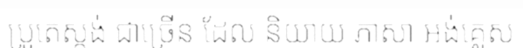
ប្រូតេស្តង់ ជាច្រើន ដែល និយាយ ភាសា អង់គ្លេស